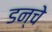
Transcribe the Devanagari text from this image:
डन्चे